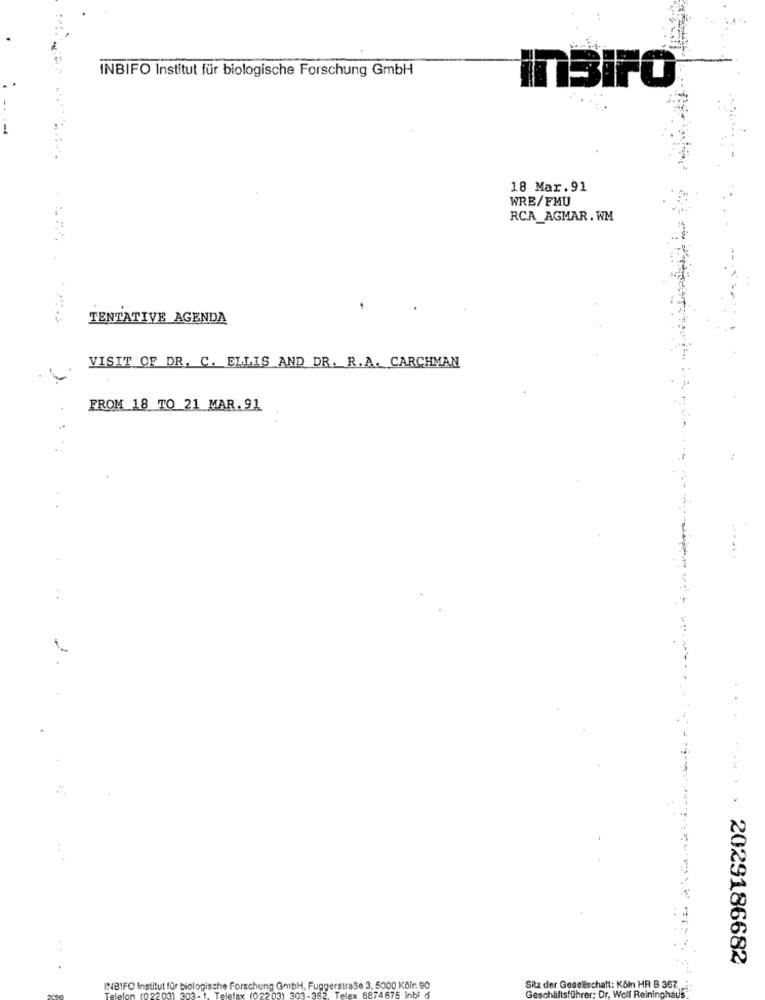
INBIFO Institut für biologische Forschung GmbH
InBIFO
18 Mar.91
WRE/FMU
RCA_AGMAR. WM
TENTATIVE AGENDA
VISIT OF DR. C. ELLIS AND DR. R.A. CARCHMAN
FROM 18 TO 21 MAR. 91
....... 2029186682
INBIFO Institut für biologische Forschung GmbH, Fuggerstraße 3, 5000 Kbir. 90
Sitz der Gesellschaft: Köln HR B 367,
Geschäftsführer: Dr. Wolf Reininghaus
Telefax (02203
Telex 8874675 inbi